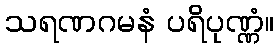
သရဏဂမနံ ပရိပုဏ္ဏံ။